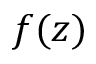
f ( z )